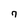
Character: 7